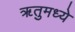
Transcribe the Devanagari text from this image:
ॠतुमध्ये